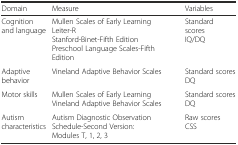
<table><thead><tr><td><b>Domain</b></td><td><b>Measure</b></td><td><b>Variables</b></td></tr></thead><tbody><tr><td>Cognition and language</td><td>Mullen Scales of Early LearningLeiter-RStanford-Binet-Fifth EditionPreschool Language Scales-Fifth Edition</td><td>Standard scores IQ/DQ</td></tr><tr><td>Adaptive behavior</td><td>Vineland Adaptive Behavior Scales</td><td>Standard scoresDQ</td></tr><tr><td>Motor skills</td><td>Mullen Scales of Early LearningVineland Adaptive Behavior Scales</td><td>Standard scoresDQ</td></tr><tr><td>Autism characteristics</td><td>Autism Diagnostic Observation Schedule-Second Version:Modules T, 1, 2, 3</td><td>Raw scoresCSS</td></tr></tbody></table>